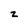
Character: z